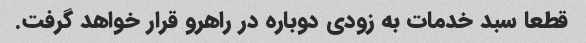
قطعا سبد خدمات به زودی دوباره در راهرو قرار خواهد گرفت.